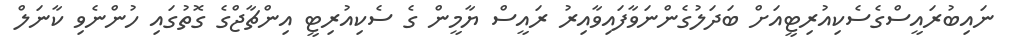
ނައިބުރައީސްގެސެކިއުރިޓީއަށް ބަދަލުގެންނަވާފައިވާއިރު ރައީސް ޔާމީން ގެ ސެކިއުރިޓީ އިންޗާޖްގެ ގޮތުގައި ހުންނެވި ކާނަލް